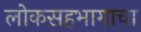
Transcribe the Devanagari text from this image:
लोकसहभागाचा